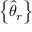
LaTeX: \left\{ { \widehat { \theta } } _ { r } \right\}